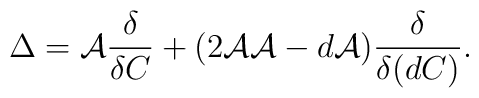
\Delta ={\cal A}\frac{\delta }{\delta C}+(2{\cal AA}-d{\cal A})\frac{\delta }{\delta (dC)}.